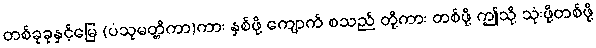
တစ်ခုခုနှင့်မြေ (ပံသုမတ္တိကာ)ကား နှစ်ဖို့ ကျောက် စသည် တို့ကား တစ်ဖို့ ဤသို့ သုံးဖို့တစ်ဖို့